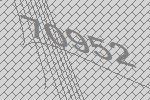
70952